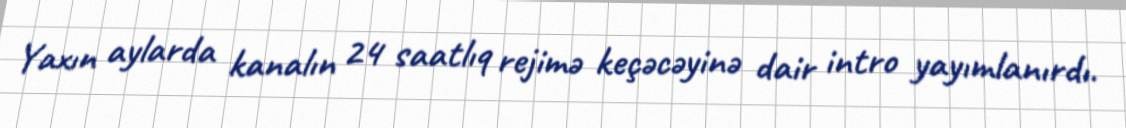
Yaxın aylarda kanalın 24 saatlıq rejimə keçəcəyinə dair intro yayımlanırdı.